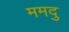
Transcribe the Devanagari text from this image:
ममदु